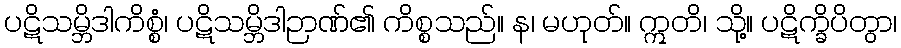
ပဋိသမ္ဘိဒါကိစ္စံ၊ ပဋိသမ္ဘိဒါဉာဏ်၏ ကိစ္စသည်။ န၊ မဟုတ်။ ဣတိ၊ သို့။ ပဋိက္ခိပိတွာ၊